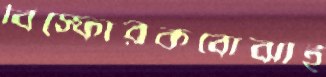
বিস্ফোরকবোঝাই